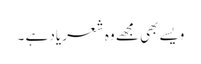
ویسے بھی مجھے وہ شعر یاد ہے ۔